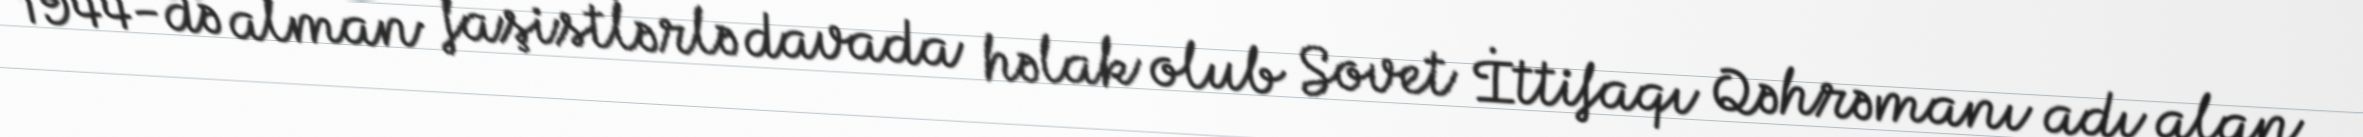
1944-də alman faşistlərlə davada həlak olub Sovet İttifaqı Qəhrəmanı adı alan